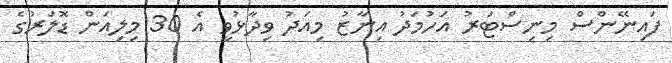
ފައިނޭންސް މިނިސްޓަރު އަހުމަދު އިނާޒު މިއަދު ވިދާޅުވީ އެ 30 މިލިއަން ޑޮލަރުގެ